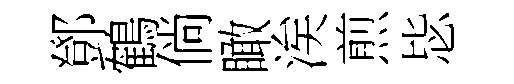
鄧鶴倘瞰涘煎毖